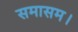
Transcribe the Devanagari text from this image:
समासम।